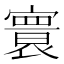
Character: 𡫖